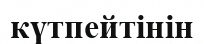
күтпейтінін